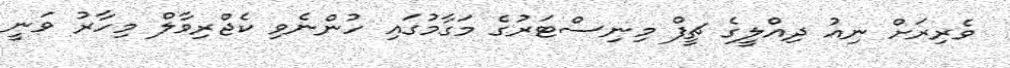
ވެރިރަށް ނިއު ދިއްލީގެ ޗީފް މިނިސްޓަރުގެ މަގާމުގައި ހުންނެވި ކެޖްރިވާލް މިހާރު ވަނީ